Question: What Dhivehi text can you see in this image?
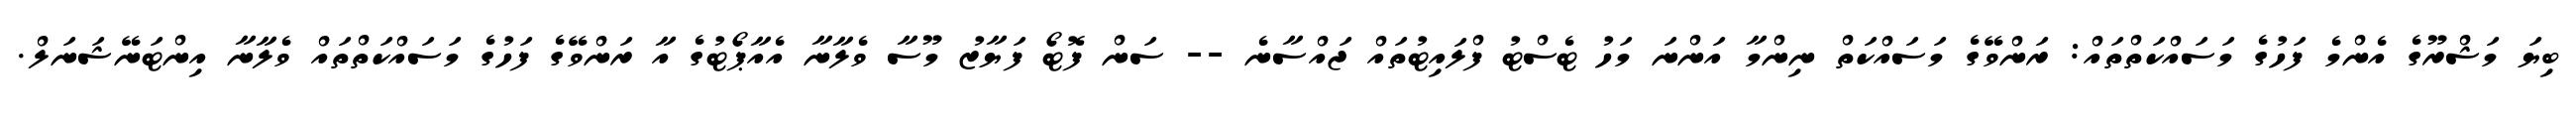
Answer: ބިޔަ މަޝްރޫގެ އެންމެ ފަހުގެ މަސައްކަތްތައް: ރަންވޭގެ މަސައްކަތް ނިންމާ އަންނަ މަހު ޓެސްޓު ފްލައިޓުތައް ޖައްސާނެ -- ސަން ފޮޓޯ ފަޔާޒު މޫސާ ވެލާނާ އެއާޕޯޓުގެ އާ ރަންވޭގެ ފަހުގެ މަސައްކަތްތައް ވެލާނާ އިންޓަނޭޝަނަލް.